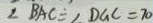
\angle B A C = \angle D G C = 7 0